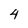
Character: 4